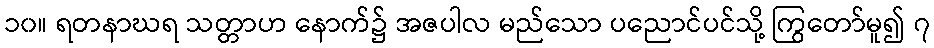
၁၀။ ရတနာဃရ သတ္တာဟ နောက်၌ အဇပါလ မည်သော ပညောင်ပင်သို့ ကြွတော်မူ၍ ၇